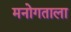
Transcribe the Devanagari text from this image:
मनोगताला